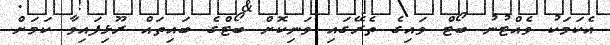
އެކަމަކު ވެއްޓުނު ބޯޓް ވައިގެ ތެރޭގައި ވަނިކޮށް ބޯޓްގެ ބައިތައް ރޫޅިފައިވާ ކަމަށް